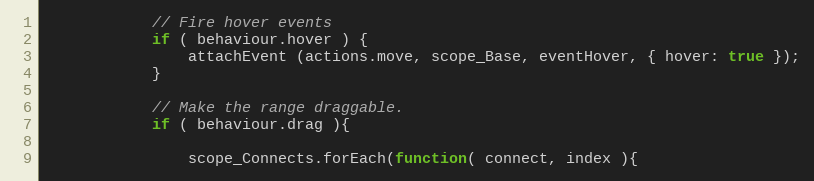
Language: JavaScript
            // Fire hover events
            if ( behaviour.hover ) {
                attachEvent (actions.move, scope_Base, eventHover, { hover: true });
            }

            // Make the range draggable.
            if ( behaviour.drag ){

                scope_Connects.forEach(function( connect, index ){